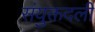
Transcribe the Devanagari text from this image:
संयुक्तदली